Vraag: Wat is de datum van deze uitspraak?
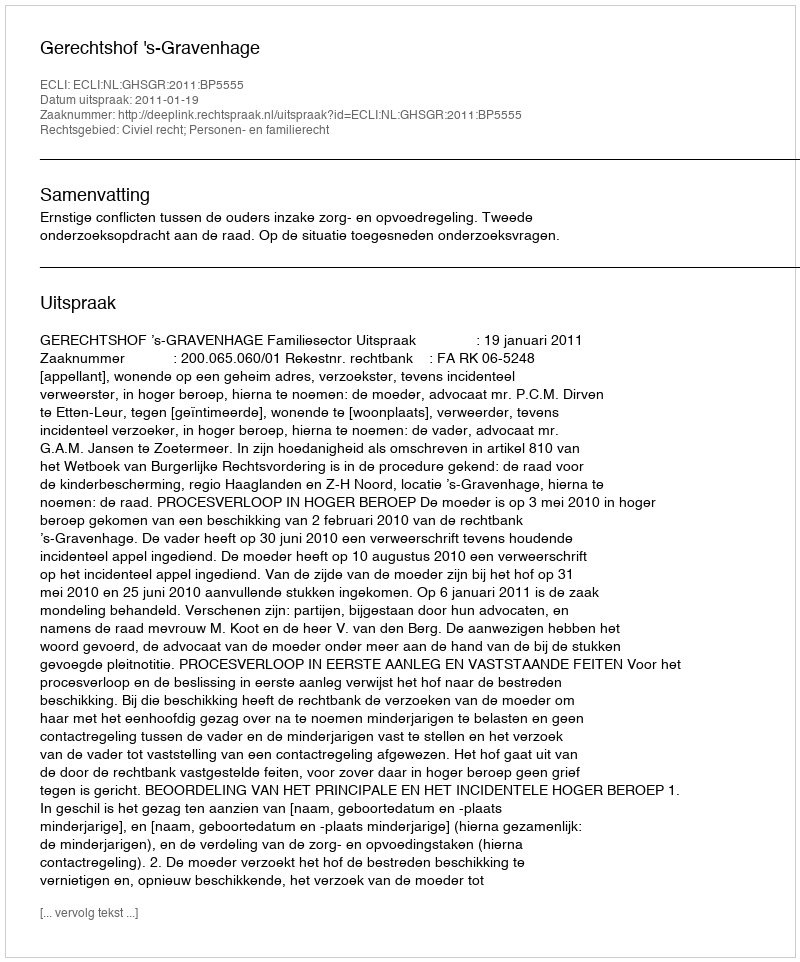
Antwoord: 2011-01-19